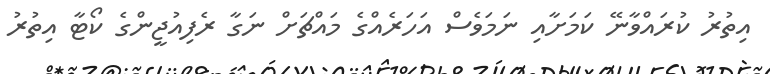
އިތުރު ކުރައްވާނޭ ކަމަށާއި ނަމަވެސް އަހަރެއްގެ މައްޗަށް ނަގާ ރެފިއުޖީންގެ ކޯޓާ އިތުރު